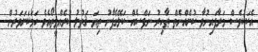
އެކަކުވެސް މަރާފައިނުވާ ކުށެއްނެތް ޠާހިރު ނަފްސެއް ކަލޭގެފާނު ތިޔަ ޤަތުލު ކުރެއްވީތޯއެވެ ހަމަކަށަވަރުން